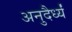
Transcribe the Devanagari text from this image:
अनुदैर्ध्यं